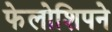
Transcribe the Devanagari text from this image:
फेलोशिपने